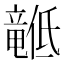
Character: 𬺙